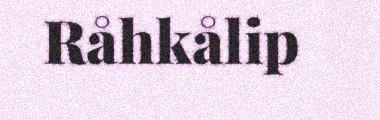
Råhkålip